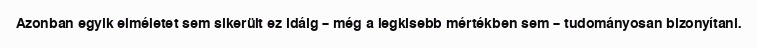
Azonban egyik elméletet sem sikerült ez idáig – még a legkisebb mértékben sem – tudományosan bizonyítani.